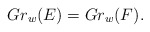
\begin{align*}Gr_w(E) = Gr_w(F).\end{align*}